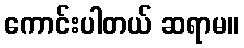
ကောင်းပါတယ် ဆရာမ။